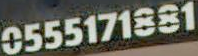
0555171881